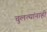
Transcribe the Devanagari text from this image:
चुलत्यांनाही